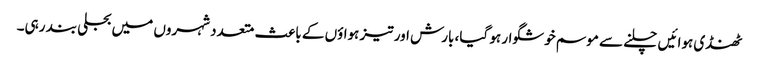
ٹھنڈی ہوائیں چلنے سے موسم خوشگوار ہو گیا، بارش اور تیز ہواؤں کے باعث متعدد شہروں میں بجلی بند رہی۔